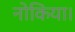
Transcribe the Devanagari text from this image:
नोकिया।